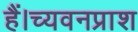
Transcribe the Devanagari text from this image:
हैं।च्यवनप्राश